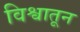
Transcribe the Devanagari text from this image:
विश्वातून